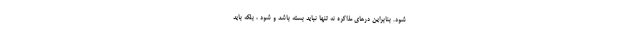
شود. بنابراين درهاي مذاكره نه تنها نبايد بسته باشد و شود ، بلكه بايد